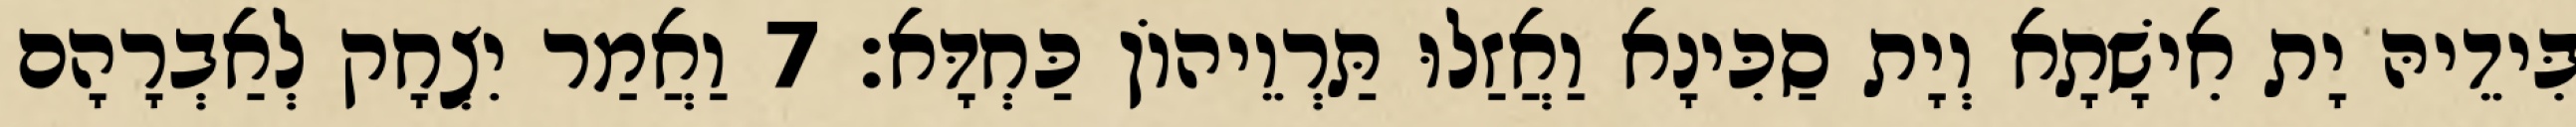
בִּידֵיהּ יָת אִישָׁתָא וְיָת סַכִּינָא וַאֲזַלוּ תַּרְוֵיהוֹן כַּחְדָּא׃ 7 וַאֲמַר יִצְחָק לְאַבְרָהָם